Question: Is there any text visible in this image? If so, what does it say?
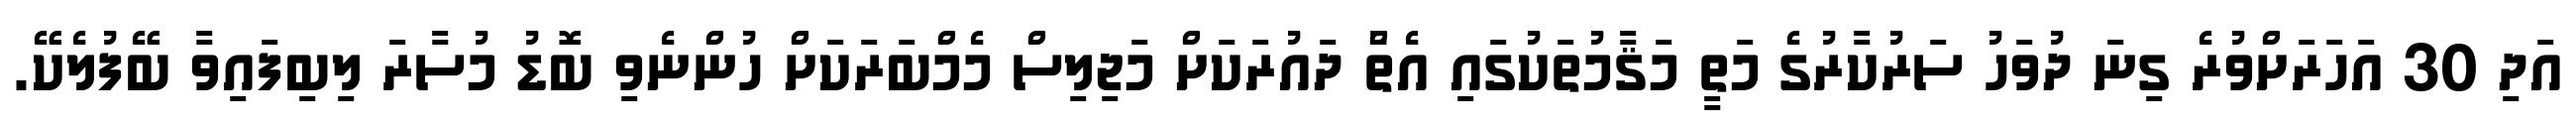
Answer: އަދި 30 އަހަރަށްވުރެ ގިނަ ދުވަހު ސަރުކާރުގެ މަތީ މަޤާމުތަކުގައި އެތަާް ދައުރަކަށް މަޖިލިސް މެމްބަރަކަށް ހުންނެވި ބޮޑު މުސާރަ ލިބިފައިވާ ބޭފުލެކޭ.